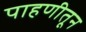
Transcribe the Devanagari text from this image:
पाहणीतून